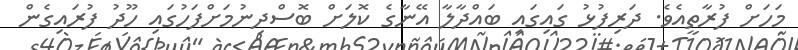
މަހަށް ފުރާތީއެވެ. ދަރިފުޅު ގައިގައި ބައްދާލާ އޭނާގެ ކޮލަށް ބޮސްދިނުމަށްފަހުގައި ހޫދު ފުރައިގެން